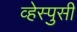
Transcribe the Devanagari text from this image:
व्हेस्पुसी